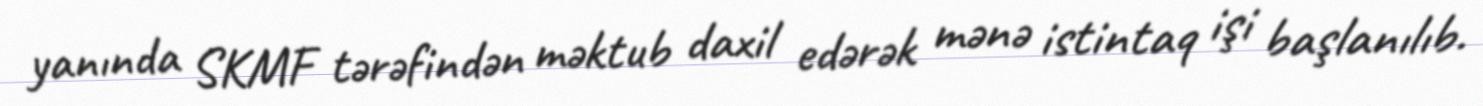
yanında SKMF tərəfindən məktub daxil edərək mənə istintaq işi başlanılıb.